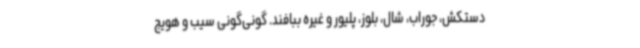
دستکش، جوراب، شال، بلوز، پلیور و غیره ببافند. گونی‌گونی سیب و هویج